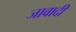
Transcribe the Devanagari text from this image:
जावादी